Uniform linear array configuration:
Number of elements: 48
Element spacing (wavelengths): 1
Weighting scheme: exponential
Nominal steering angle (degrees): -60
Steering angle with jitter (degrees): -59.363
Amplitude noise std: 0.05
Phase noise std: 0.05

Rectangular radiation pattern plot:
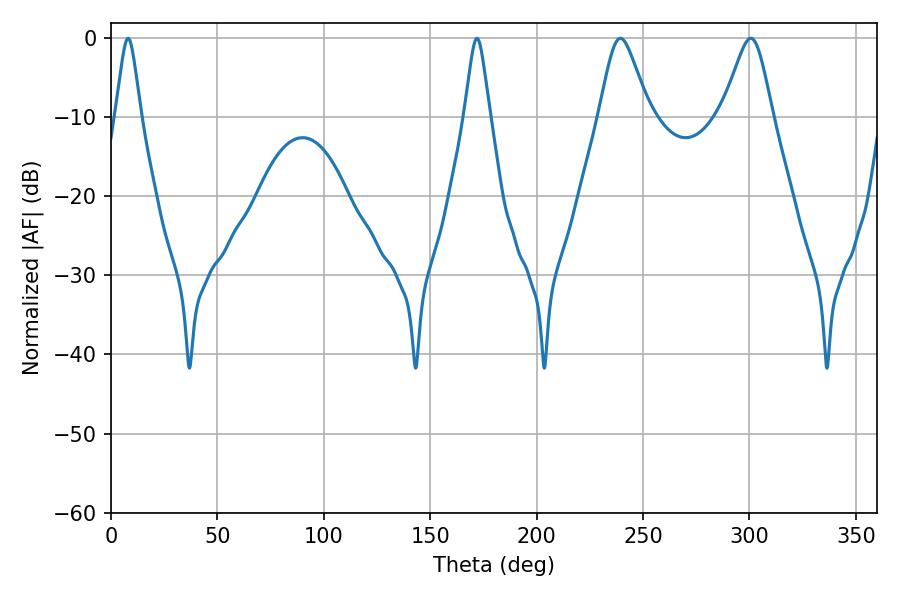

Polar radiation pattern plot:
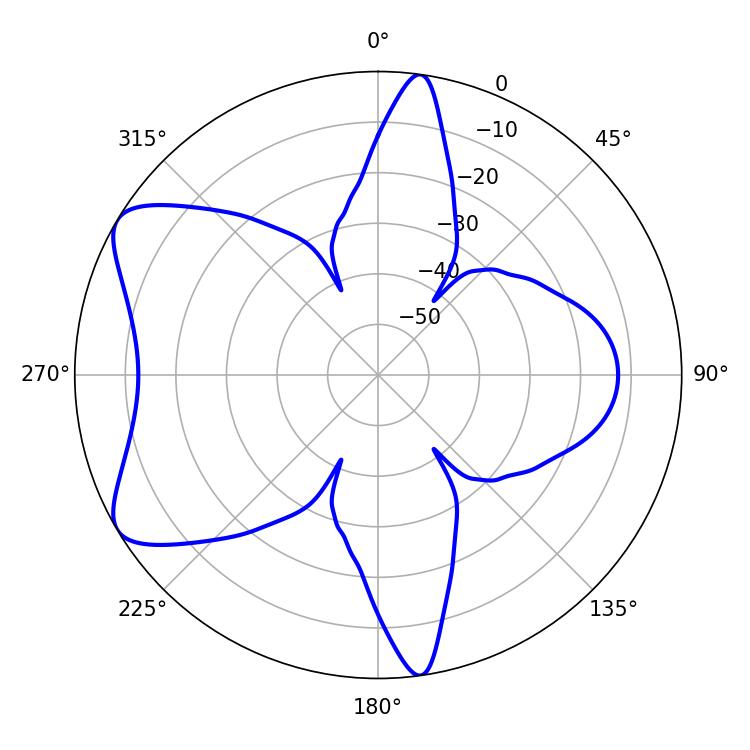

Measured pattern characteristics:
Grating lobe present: TRUE
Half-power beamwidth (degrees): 11.34
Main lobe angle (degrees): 239.4